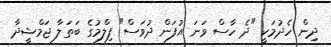
ދިން ހެދުމަކީ "ދެ ހާސް ވަނަ އުފަން ދުވަސް" ފިލްމުގެ ބަތަލާ ޖަމްޝީދާ